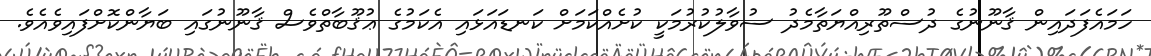
ހަމައެފަދައިން ޤާނޫނުގެ ދުސްތޫރިއްޔަތާމެދު ސުވާލުކުރުމަކީ ކުށެއްކަމަށް ކަނޑައަޅައި އެކަމުގެ ޢުޤޫބާތްވެސް ޤާނޫނުގައި ބަޔާންކޮށްފައިވެއެވެ.